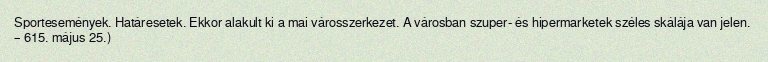
Sportesemények. Határesetek. Ekkor alakult ki a mai városszerkezet. A városban szuper- és hipermarketek széles skálája van jelen. – 615. május 25.)